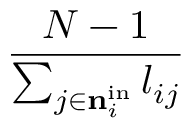
\frac { N - 1 } { \sum _ { j \in { { \mathbf { n } } _ { i } ^ { \mathrm { i n } } } } l _ { i j } }